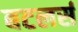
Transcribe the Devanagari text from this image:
बटलर्स